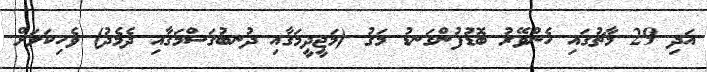
އަދި 29 މާޗުގައި ހެންވޭރު ބޮޑުފުންގަނޑު މަގު (މަޖީދީމަގާއި ދުނބުގަސްމަގާއި ދެމެދު) ވެހިކަލަށް